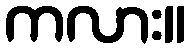
ကလား။